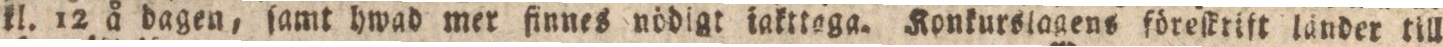
kl. 12 å dagen, ſamt hwad mer finnes nödigt iakttaga. Konkurslagens föreſkrift länder till